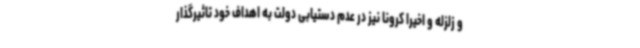
و زلزله و اخیرا کرونا نیز در عدم دستیابی دولت به اهداف خود تاثیرگذار